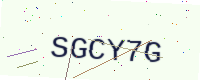
Text: SGCY7G